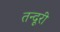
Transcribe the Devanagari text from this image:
तन्दूरी